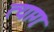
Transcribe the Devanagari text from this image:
त्यागः